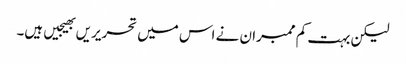
لیکن بہت کم ممبران نے اس میں تحریریں بھیجیں ہیں۔